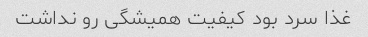
غذا سرد بود کیفیت همیشگی رو نداشت